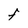
Character: F